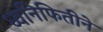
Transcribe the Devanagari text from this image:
ध्वनिफितीने